Trukikaitis_Postimees, lk 77
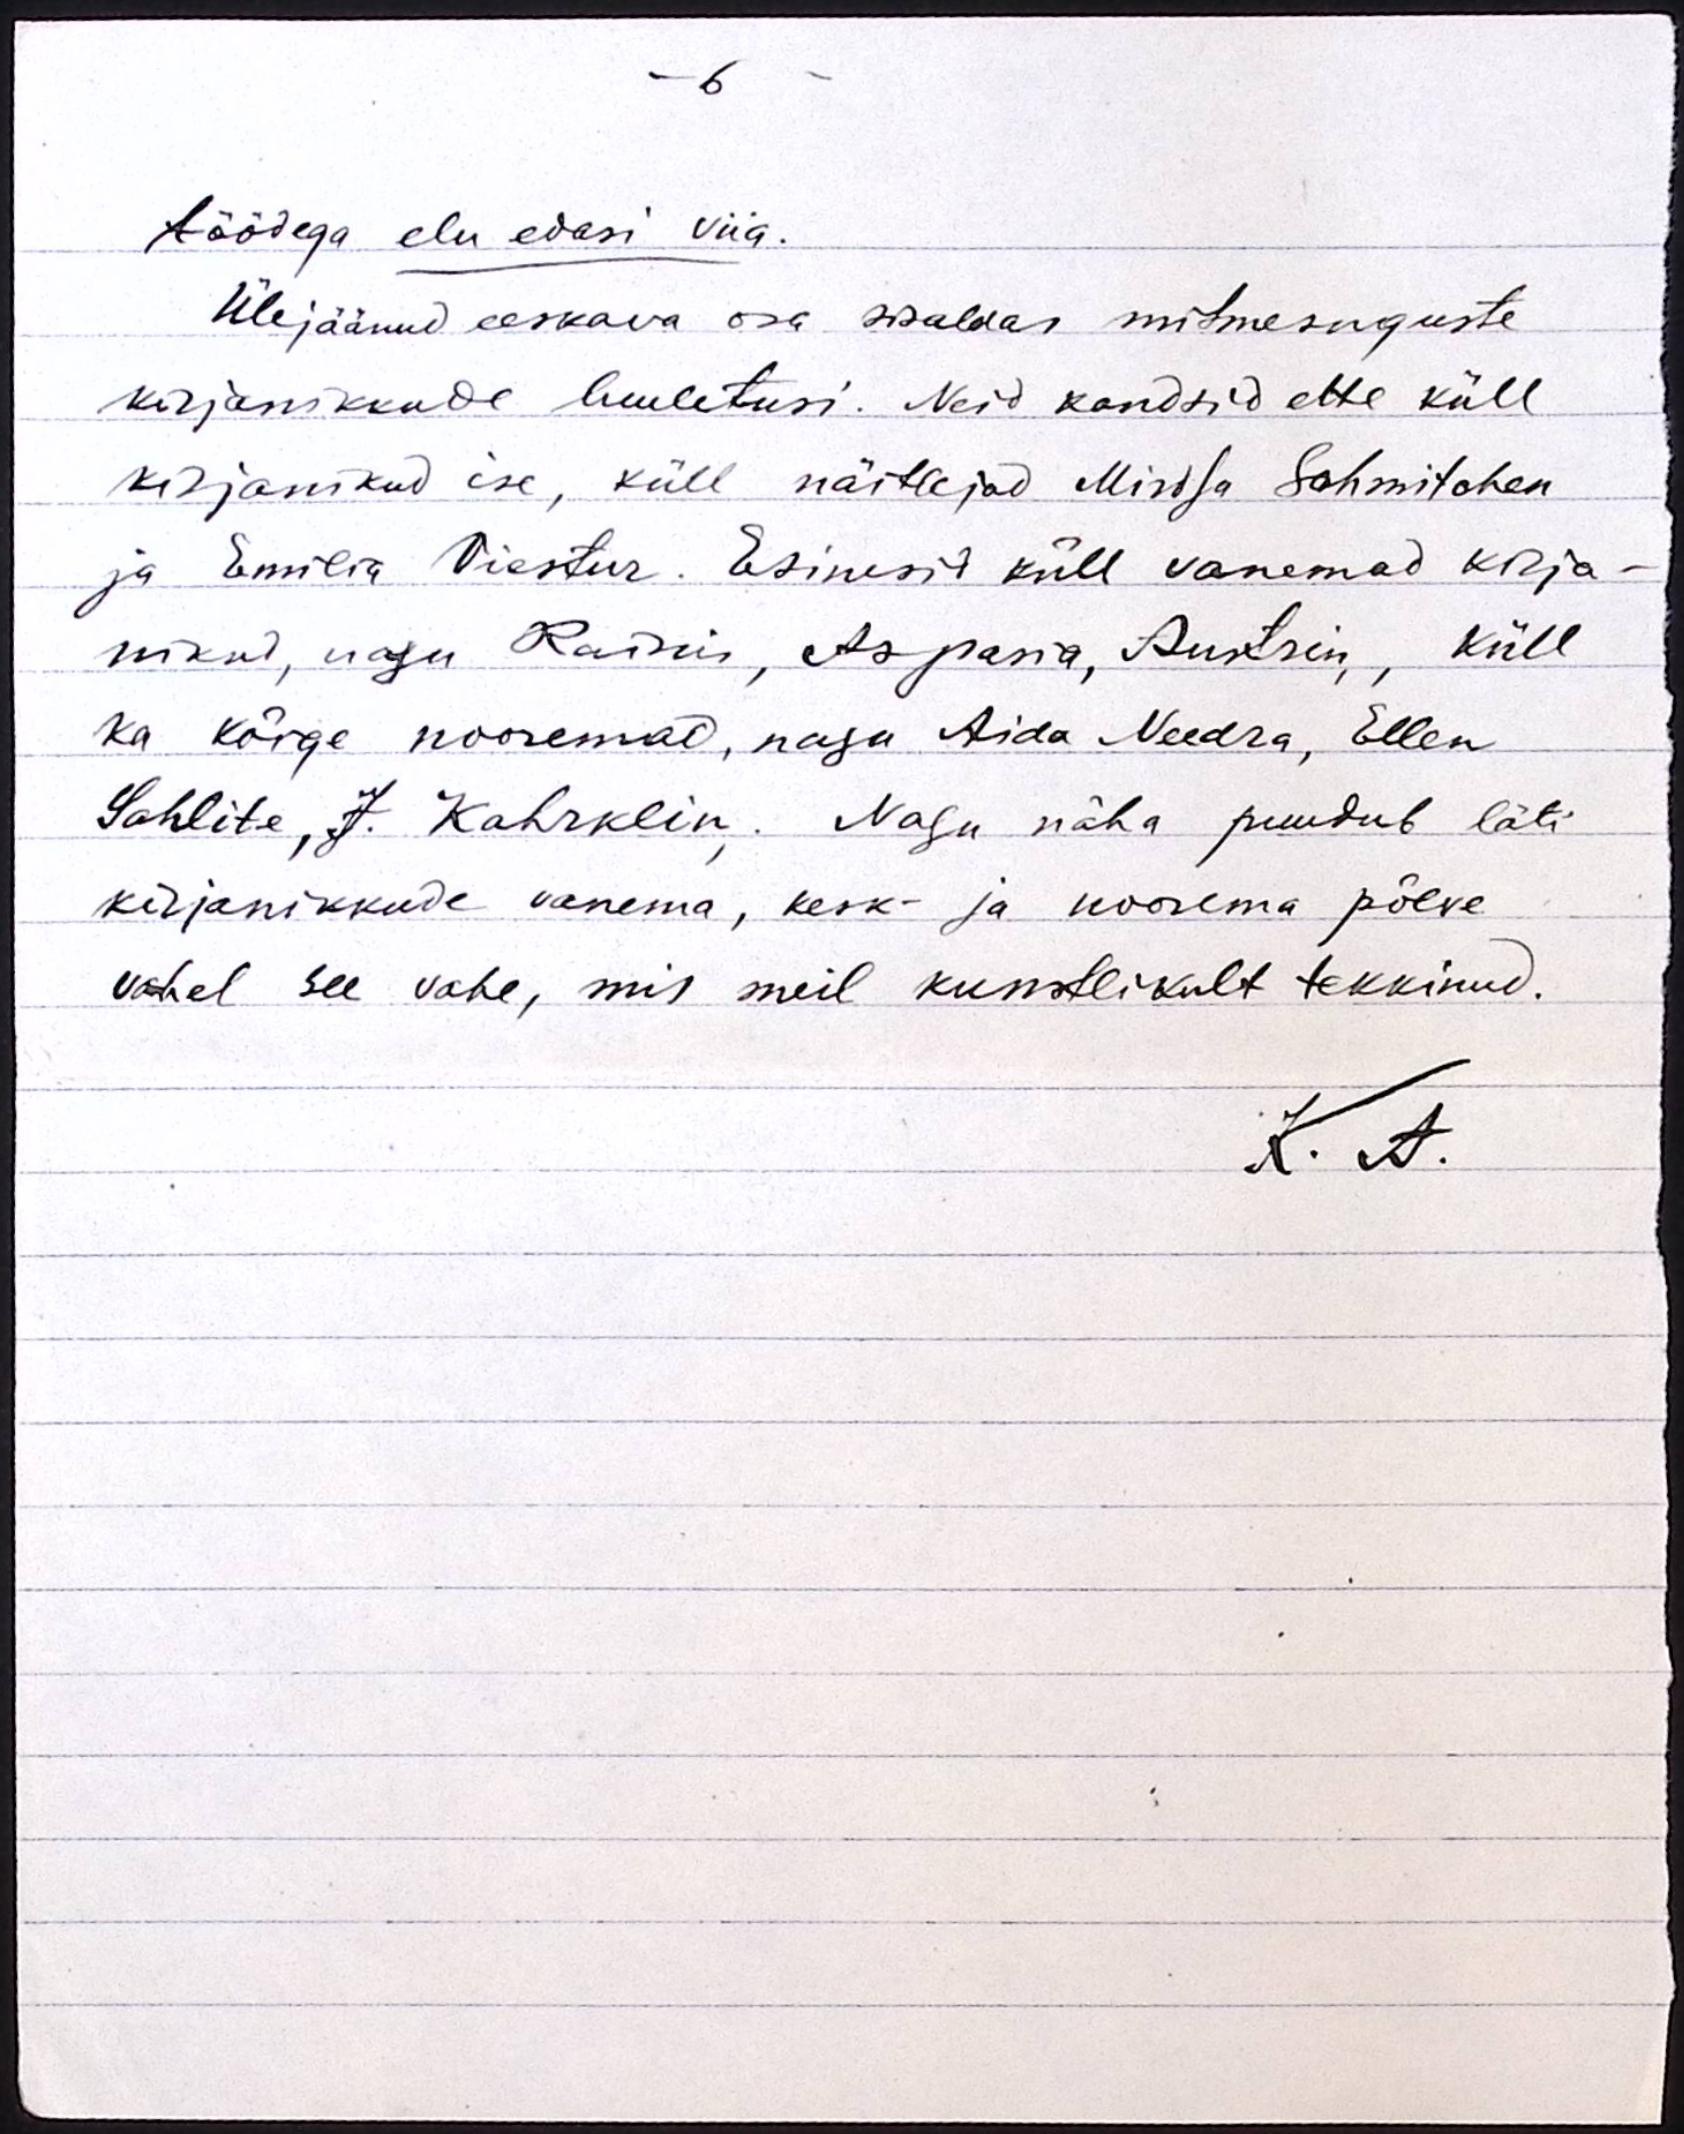
- 6 -

töödega elu edasi viia.
Ülejäänud eeskava osa sisaldas mitmesuguste
kirjanikkude luuletusi. Neid kandsid ette küll
kirjanikud ise, küll näitlejad Mirdsa Schmitchen
ja Emilia Viestur. Esinesid küll vanemad kirja-
nikud, nagu Rainis, Aspasia, Austrin, küll
ka kõige nooremad, nagu Aida Needra, Ellen
Sahlite, J. Kahrklin. Nagu näha puudub läti
kirjanikkude vanema, kesk- ja noorema põlve
vahel see vahe, mis meil kunstlikult tekkinud.
K. A.